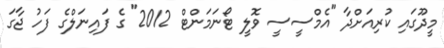
މީދޫގައި ކުރިއަށްދާ "އެމްސީސީ ވޮލީ ޓޯނަމަންޓް 2012" ގެ ފައިނަލްގެ ފަހު ޖާގަ